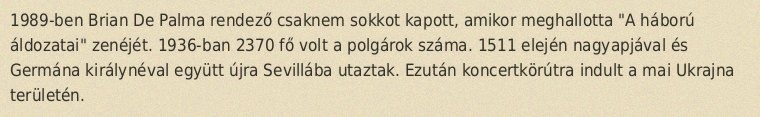
1989-ben Brian De Palma rendező csaknem sokkot kapott, amikor meghallotta "A háború áldozatai" zenéjét. 1936-ban 2370 fő volt a polgárok száma. 1511 elején nagyapjával és Germána királynéval együtt újra Sevillába utaztak. Ezután koncertkörútra indult a mai Ukrajna területén.